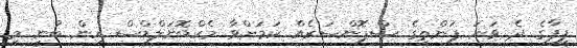
ފީފާގެ ދެ ވަނަ ފަންތީގެ ސްޕޮންސަރެއް ކަމަށްވާ މެކްޑޮނަލްޑްސް އިން ބުނީ މި